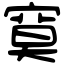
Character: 寞